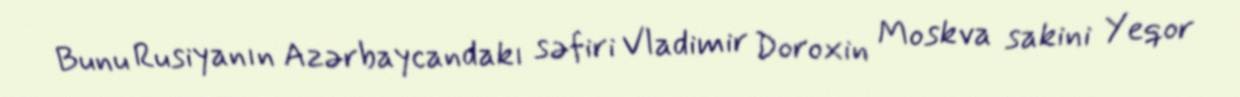
Bunu Rusiyanın Azərbaycandakı səfiri Vladimir Doroxin Moskva sakini Yeqor